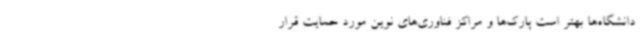
دانشگاه‌ها بهتر است پارک‌ها و مراکز فناوری‌های نوین مورد حمایت قرار